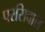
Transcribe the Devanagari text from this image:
परसिवाल